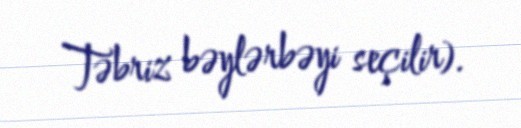
Təbriz bəylərbəyi seçilir).